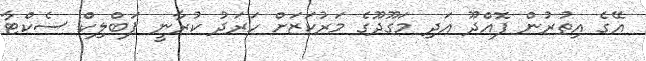
އޭގެ އިތުރުން ފޮއްދޫ އަދި މަގޫދޫގެ މަރުކަޒަށް ހަރަދު ކުރާނީ ޕަބްލިކް ސެކްޓާ